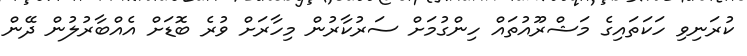
ކުރަނިވި ހަކަތައިގެ މަޝްރޫއުތައް ހިންގުމަށް ސަރުކާރުން މިހާރަށް ވުރެ ބޮޑަށް އެއްބާރުލުން ދޭން